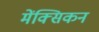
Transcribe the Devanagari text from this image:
मेंक्सिकन